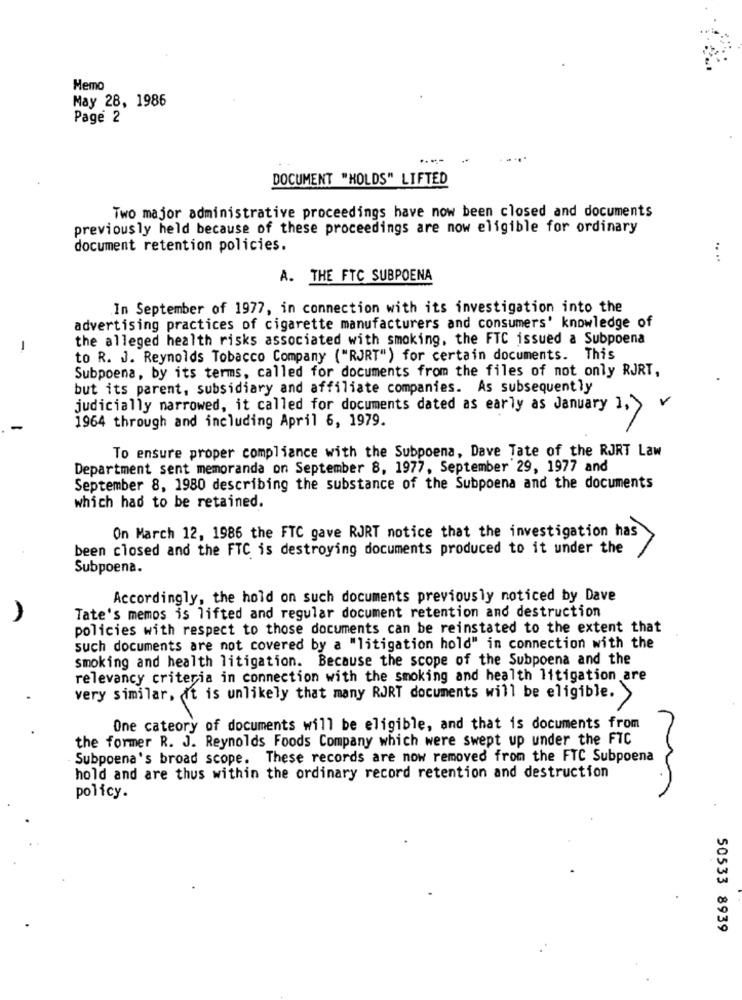
Memo
May 28, 1986
Page 2
DOCUMENT "HOLDS" LIFTED
Two major administrative proceedings have now been closed and documents
previously held because of these proceedings are now eligible for ordinary
document retention policies.
.. ..
A. THE FTC SUBPOENA
In September of 1977, in connection with its investigation into the
advertising practices of cigarette manufacturers and consumers' knowledge of
the alleged health risks associated with smoking, the FTC issued a Subpoena
-
to R. J. Reynolds Tobacco Company ("RJRT") for certain documents. This
Subpoena, by its terms, called for documents from the files of not only RJRT,
but its parent, subsidiary and affiliate companies. As subsequently
judicially narrowed, it called for documents dated as early as January 1,
1964 through and including April 6, 1979.
To ensure proper compliance with the Subpoena, Dave Tate of the RJRT Law
Department sent memoranda on September 8, 1977, September 29, 1977 and
September 8, 1980 describing the substance of the Subpoena and the documents
which had to be retained.
On March 12, 1986 the FTC gave RJRT notice that the investigation has
been closed and the FTC is destroying documents produced to it under the
Subpoena.
Accordingly, the hold on such documents previously noticed by Dave
Tate's memos is lifted and regular document retention and destruction
policies with respect to those documents can be reinstated to the extent that
such documents are not covered by a "litigation hold" in connection with the
smoking and health litigation. Because the scope of the Subpoena and the
relevancy criteria in connection with the smoking and health litigation are
very similar, it is unlikely that many RJRT documents will be eligible. >
One cateory of documents will be eligible, and that is documents from
the former R. J. Reynolds Foods Company which were swept up under the FTC
Subpoena's broad scope. These records are now removed from the FTC Subpoena
hold and are thus within the ordinary record retention and destruction
policy.
50533 8939